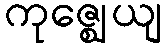
ကုဇ္ဈေယျ